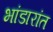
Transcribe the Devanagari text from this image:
भांडारांत